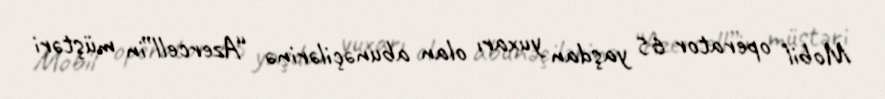
Mobil operator 65 yaşdan yuxarı olan abunəçilərinə “Azercell”in müştəri